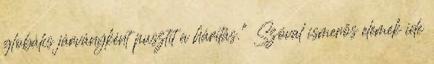
globális járványként pusztít a hárítás." Szóval ismerős elemek ide